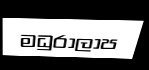
මධුරාලාප